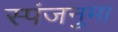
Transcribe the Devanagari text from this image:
स्पंजनुमा